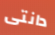
دانتى